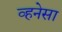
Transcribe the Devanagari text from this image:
व्हनेसा